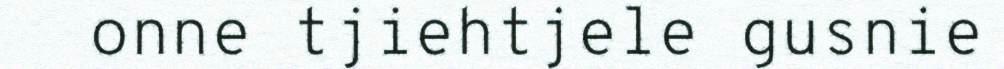
onne tjiehtjele gusnie